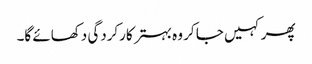
پھر کہیں جا کر وہ بہتر کارکردگی دکھائے گا۔